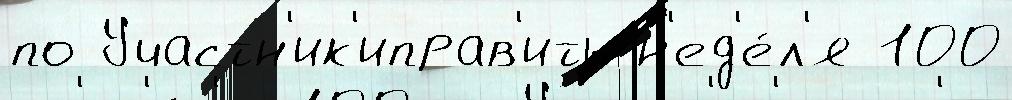
по Участн'ик'иправ'ить н'ед'е́л'я 100